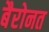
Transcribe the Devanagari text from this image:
बैरोनत